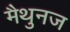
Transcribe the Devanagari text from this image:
मैथुनज